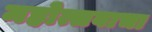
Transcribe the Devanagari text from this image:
महोत्सवाचा